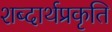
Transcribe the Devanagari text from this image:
शब्दार्थप्रकृति